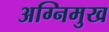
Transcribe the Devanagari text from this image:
अग्निमुख